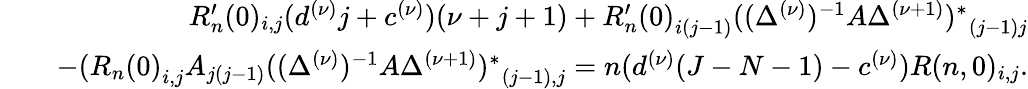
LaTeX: \begin{array}{rlr}&{}&{R_{n}^{\prime}(0)_{i,j}(d^{(\nu)}j+c^{(\nu)})(\nu+j+1)+{R_{n}^{\prime}(0)}_{i(j-1)}{((\Delta^{(\nu)})^{-1}A\Delta^{(\nu+1)})^{\ast}}_{(j-1)j}}\\ &{}&{-({R_{n}(0)}_{i,j}A_{j(j-1)}{((\Delta^{(\nu)})^{-1}A\Delta^{(\nu+1)})^{\ast}}_{(j-1),j}=n(d^{(\nu)}(J-N-1)-c^{(\nu)})R(n,0)_{i,j}.}\end{array}